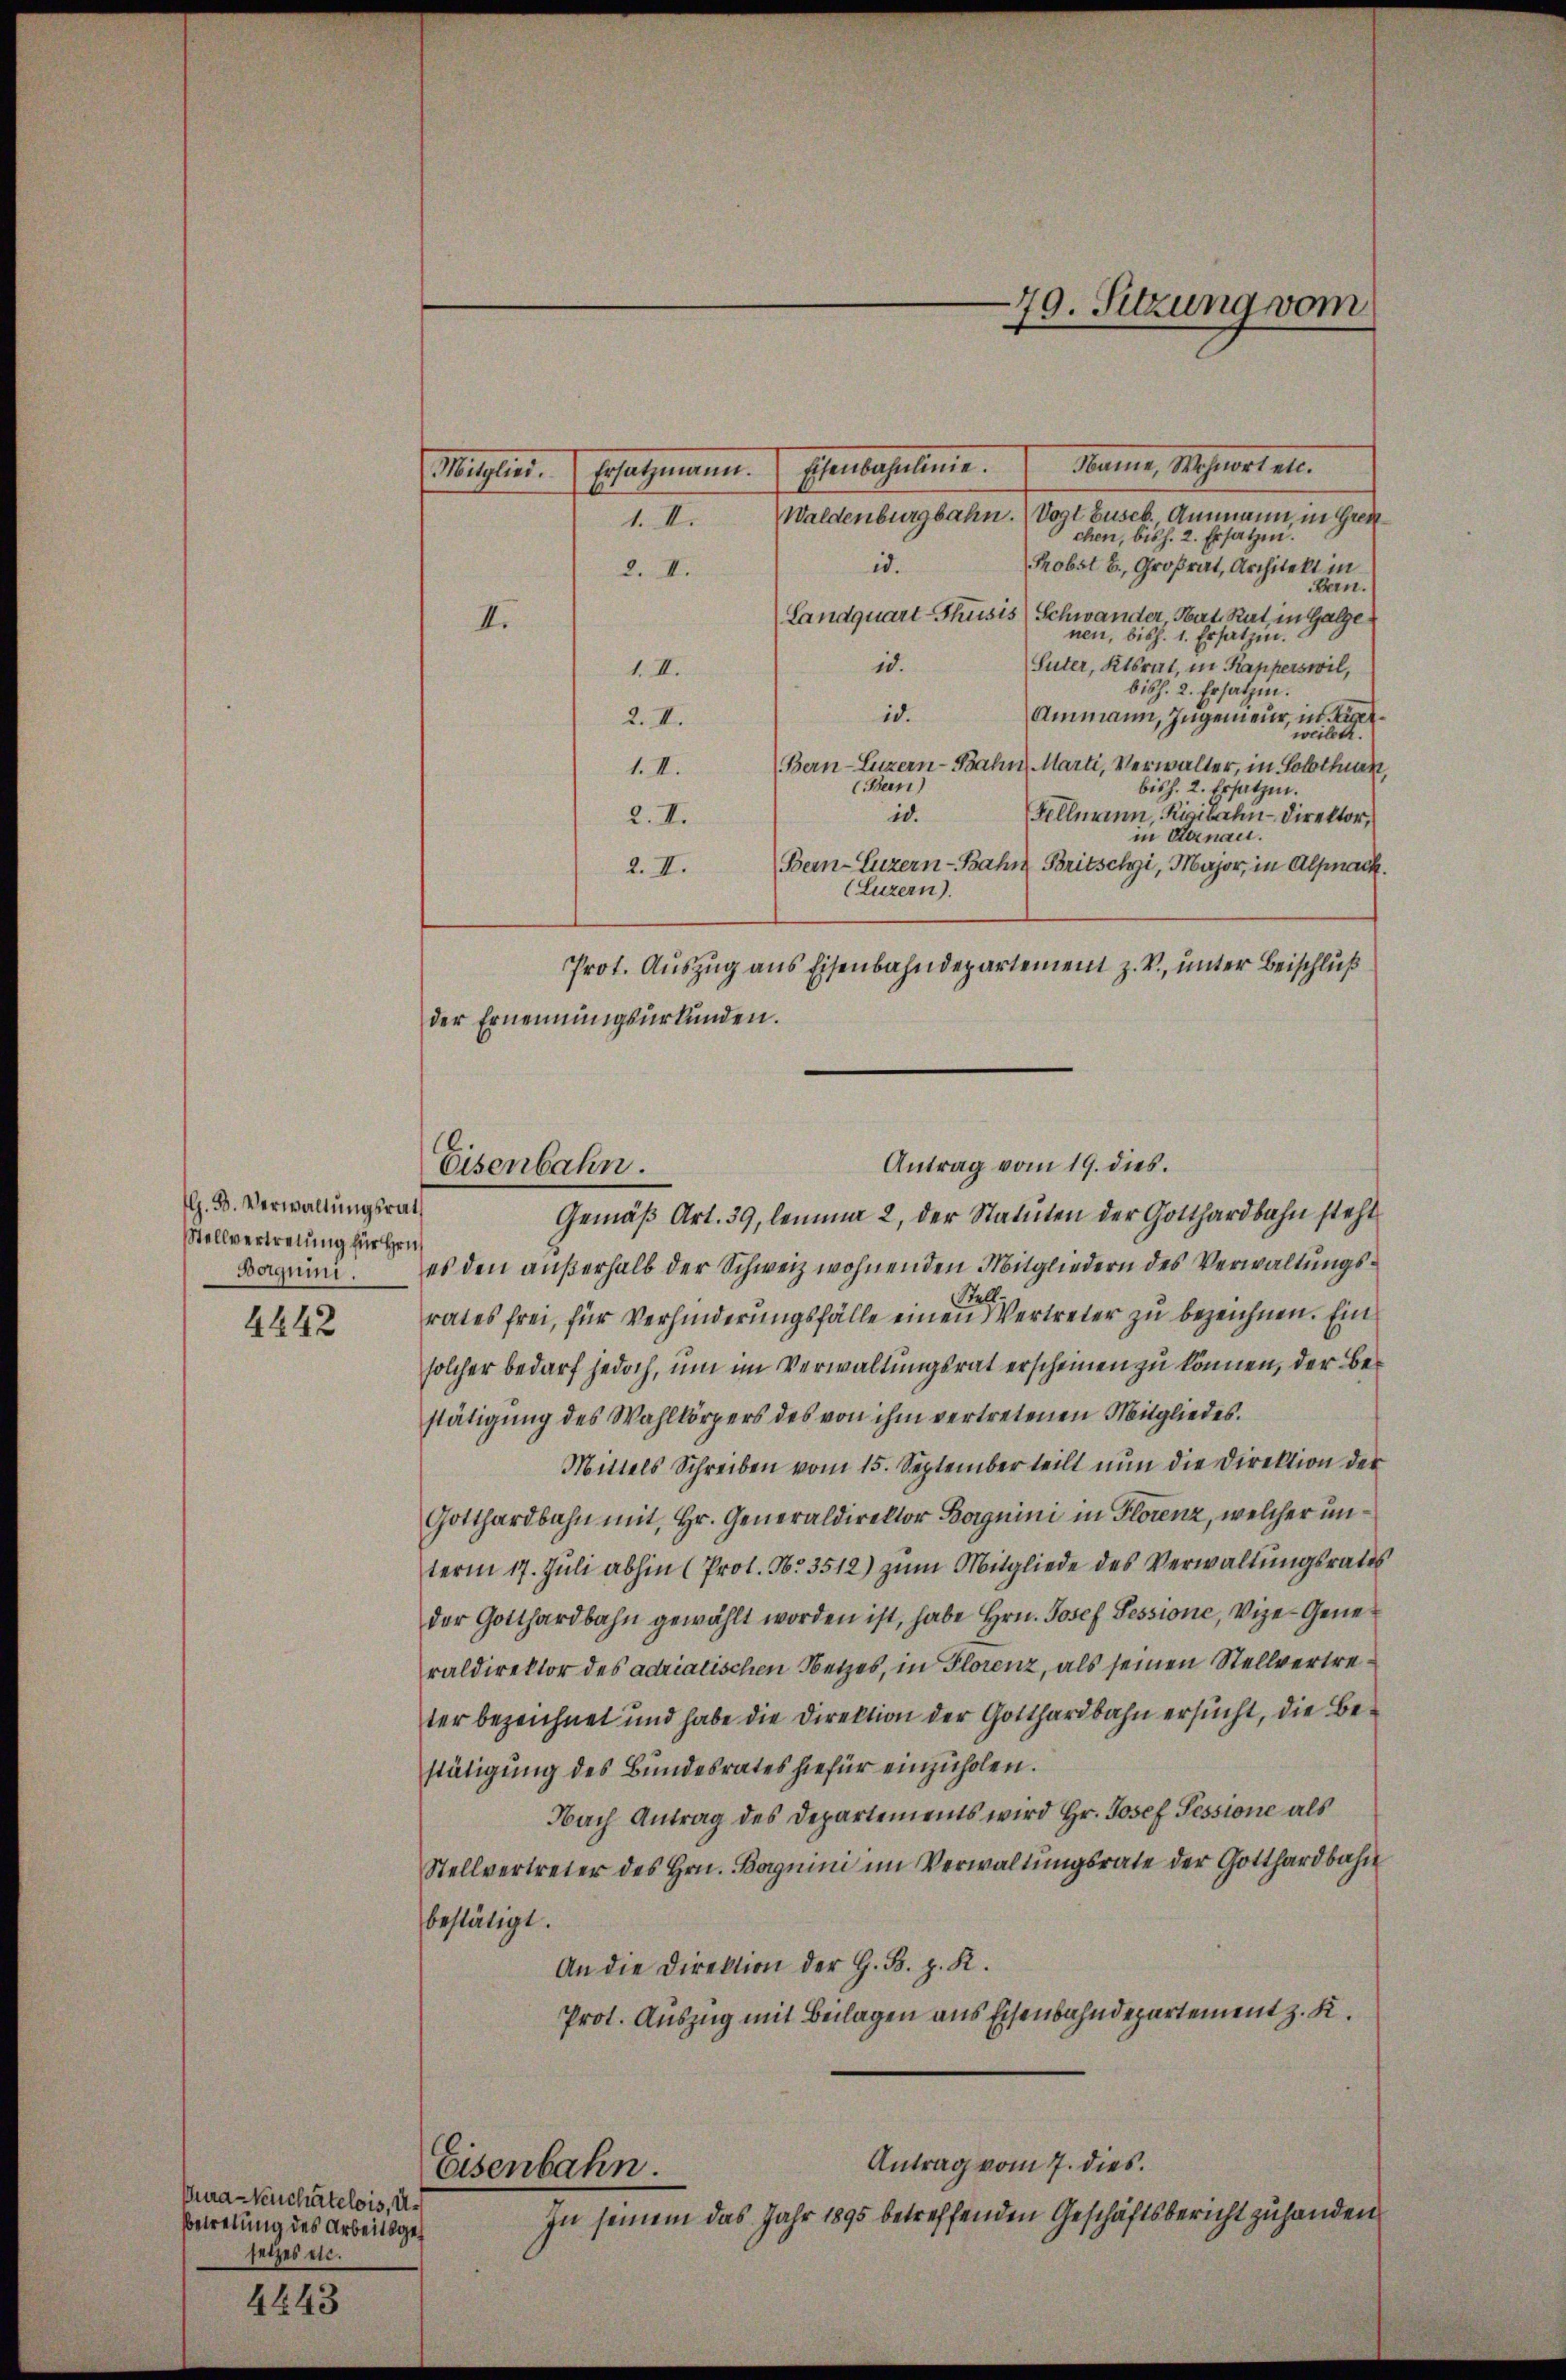
G. B. Verwaltungsrath
Stellvertretung für Hrn.
Borgnini.
4442

Cura-Keuchâtelois, Ur
Betretung des Arbeitsges
setzes etc.

4643

Mitglied. Ersatzmann. Jenbahnlinie. Dame, Wohnortet.
Waldenburgbahn. (Vogt buseb. Ammann, in Gren¬
1. Xr
chen, bish. 2. Ersatzen.
Probst b. Großrat, Architekt in
id.
2. II.
Bern.
Landquart-Thusis (Schwander Mart. Rat in Galge
II.
nen, bish. 1. Ersatzen.
Suter, Ktsrat, in Kapperswil,
id.
1. II.
bisch. 2. Ersatzen.
id.
Ammann, Ingenieur, in ge
2. II.
weilen.
Bern-Luzern-Bahn, Marti, Verwalter, in Solothur,
1. II.
(Bern)
bish. 2. Ersatzen.
Fellnaun, Rigibahn-Direktor,
id.
2. II.
in Steinau.
Bern-Luzern-Bahnz Britschi, Major, in Alpnack.
2. II.
(Luzern).
Prot. Auszug aus Eisenbahndepartement z. V., unter Beischluß
der Ernennungsurkunden.
Gemäβ Art. 39 lemma 2 der Statuten der Gotthardbahn steht
es den außerhalb der Schweiz wohnenden Mitgliedern des Verwaltungsrates frei, für Verhinderungsfälle einen Vertreter zu bezeichnen. Einsolcher bedarf jedoch, um im Verwaltungsrat erscheinen zu können, der Bestätigung des Wahlkörpers des von ihm vertretenen Mitgliedes.
Mittels Schreiben vom 15. September teilt nun die Direktion der
Gotthardbahn mit Hr. Generaldirektor Borgnini in Florenz, welcher unterm 17. Juli abhin (Prol. No. 3512) zum Mitgliede des Verwaltungsrates
der Gotthardbahn gewählt worden ist, habe Hrn. Josef Sessione, Vize-Generaldirektor des adriatischen Netzes, in Florenz, als seinen Stellvertreter bezeichnet und habe die Direktion der Gotthardbahn ersucht, die Bestätigung des Bundesrates hiefür einzuholen.
Nach Antrag des Departements wird Hr. Josef Pessione als
Stellvertreter des Hrn. Borgnini im Verwaltŭngsrate der Gotthardbahn
bestätigt.
An die Direktion der G. B. z. R.
Prot. Auszug mit Beilagen aus Eisenbahndepartement z. K.
Antrag vom 7. dies
Eisenbahn.
In seinem das Jahr 1895 betreffenden Geschäftsbericht zuhanden

Eisenbahn.

Antrag vom 19. dies.

70. Sitzung vom